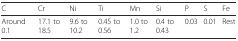
<table><thead><tr><td><b>С</b></td><td><b>Cr</b></td><td><b>Ni</b></td><td><b>Ti</b></td><td><b>Mn</b></td><td><b>Si</b></td><td><b>P</b></td><td><b>S</b></td><td><b>Fe</b></td></tr></thead><tbody><tr><td>Around 0.1</td><td>17.1 to 18.5</td><td>9.6 to 10.2</td><td>0.45 to 0.56</td><td>1.0 to 1.2</td><td>0.4 to 0.43</td><td>0.03</td><td>0.01</td><td>Rest</td></tr></tbody></table>